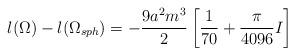
LaTeX: \begin{align*}l(\Omega) - l(\Omega_{sph}) = - \frac{9 a^2 m^3}{2} \left[\frac{1}{70} + \frac{\pi}{4096} I \right]\end{align*}